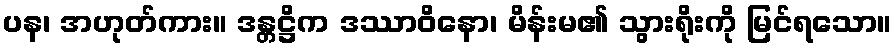
ပန၊ အဟုတ်ကား။ ဒန္တဋ္ဌိက ဒဿာဝိနော၊ မိန်းမ၏ သွားရိုးကို မြင်ရသော။